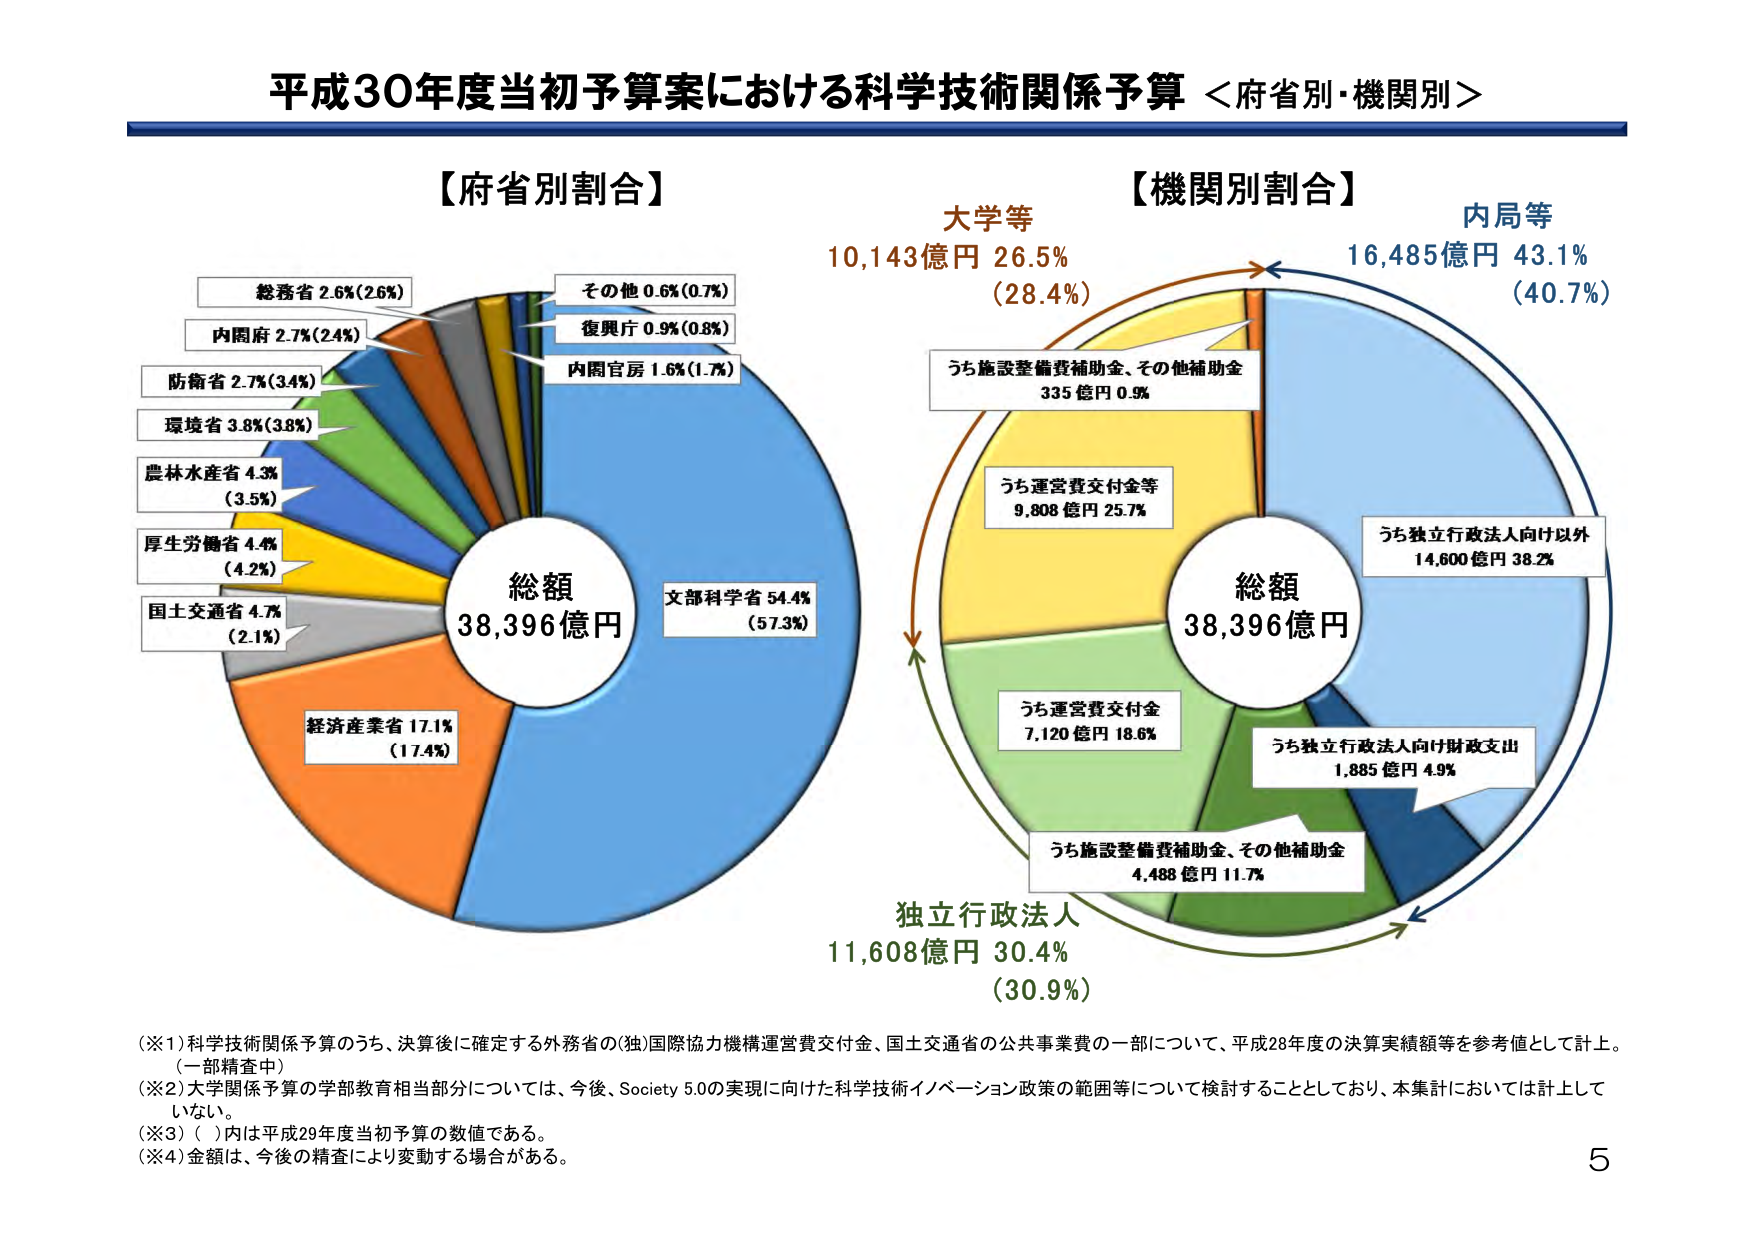
平成30年度当初予算案における科学技術関係予算 ＜府省別・機関別＞

【府省別割合】
総額 38,396億円
文部科学省 54.4% (57.3%)
経済産業省 17.1% (17.4%)
国土交通省 4.7% (2.1%)
厚生労働省 4.4% (4.2%)
農林水産省 4.3% (3.5%)
環境省 3.8% (3.8%)
防衛省 2.7% (3.4%)
内閣府 2.7% (2.4%)
総務省 2.6% (2.6%)
その他 0.6% (0.7%)
復興庁 0.9% (0.8%)
内閣官房 1.6% (1.7%)

【機関別割合】
総額 38,396億円
内局等 16,485億円 43.1% (40.7%)
うち独立行政法人向け以外 14,600億円 38.2%
うち独立行政法人向け財政支出 1,885億円 4.9%
うち施設整備費補助金、その他補助金 335億円 0.9%
大学等 10,143億円 26.5% (28.4%)
うち運営費交付金等 9,808億円 25.7%
うち運営費交付金 7,120億円 18.6%
うち施設整備費補助金、その他補助金 4,488億円 11.7%
独立行政法人 11,608億円 30.4% (30.9%)

（※1）科学技術関係予算のうち、決算後に確定する外務省の(独)国際協力機構運営費交付金、国土交通省の公共事業費の一部について、平成28年度の決算実績額等を参考値として計上。（一部精査中）
（※2）大学関係予算の学部教育相当部分については、今後、Society 5.0の実現に向けた科学技術イノベーション政策の範囲等について検討することとしており、本集計においては計上していない。
（※3）（ ）内は平成29年度当初予算の数値である。
（※4）金額は、今後の精査により変動する場合がある。

5